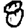
Digit: 8